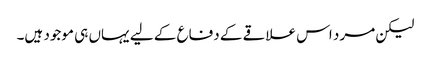
لیکن مرد اس علاقے کے دفاع کے لیے یہاں ہی موجود ہیں۔